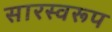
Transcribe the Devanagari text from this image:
सारस्वरूप